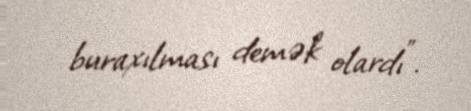
buraxılması demək olardı”.